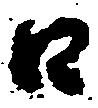
江